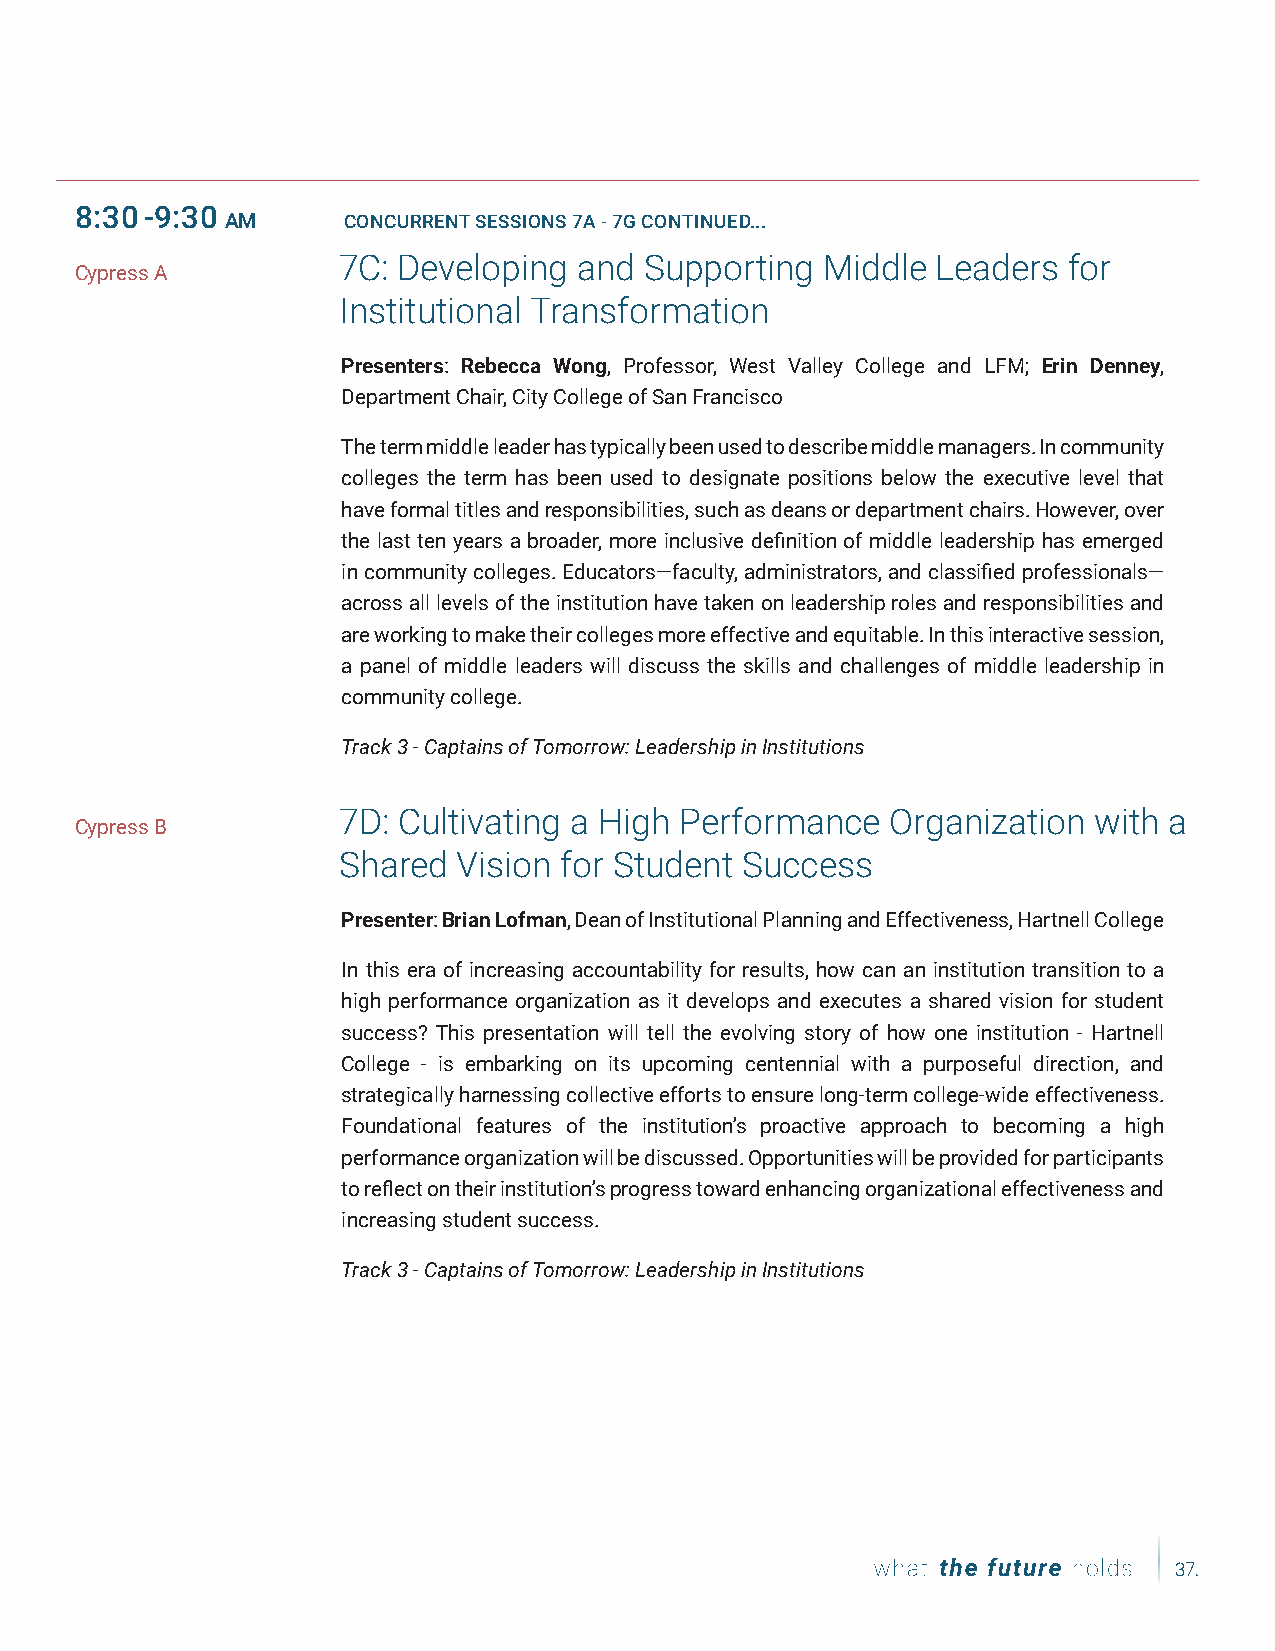
Date,  Date,   Date
 8:30-9:30
 AM      CONCURRENT SESSIONS 7A - 7G CONTINUED...
 7C: Developing  and  Supporting  Middle Leaders  for
 Cypress A
 Institutional Transformation
 Presenters: Rebecca Wong, Professor, West Valley College and LFM; Erin Denney,
 Department Chair, City College of San Francisco
 The term middle leader has typically been used to describe middle managers. In community
 colleges the term has been used to designate positions below the executive level that
 have formal titles and responsibilities, such as deans or department chairs. However, over
 the last ten years a broader, more inclusive definition of middle leadership has emerged
 in community colleges. Educators—faculty, administrators, and classified professionals—
 across all levels of the institution have taken on leadership roles and responsibilities and
 are working to make their colleges more effective and equitable. In this interactive session,
 a panel of middle leaders will discuss the skills and challenges of middle leadership in
 community college.
 Track 3 - Captains of Tomorrow: Leadership in Institutions
 7D: Cultivating a High Performance   Organization with a
 Cypress B
 Shared  Vision for Student Success
 Presenter: Brian Lofman, Dean of Institutional Planning and Effectiveness, Hartnell College
 In this era of increasing accountability for results, how can an institution transition to a
 high performance organization as it develops and executes a shared vision for student
 success? This presentation will tell the evolving story of how one institution - Hartnell
 College - is embarking on its upcoming centennial with a purposeful direction, and
 strategically harnessing collective efforts to ensure long-term college-wide effectiveness.
 Foundational features of the institution’s proactive approach to becoming a high
 performance organization will be discussed. Opportunities will be provided for participants
 to reflect on their institution’s progress toward enhancing organizational effectiveness and
 increasing student success.
 Track 3 - Captains of Tomorrow: Leadership in Institutions
 37.